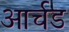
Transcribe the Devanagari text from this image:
आर्चड